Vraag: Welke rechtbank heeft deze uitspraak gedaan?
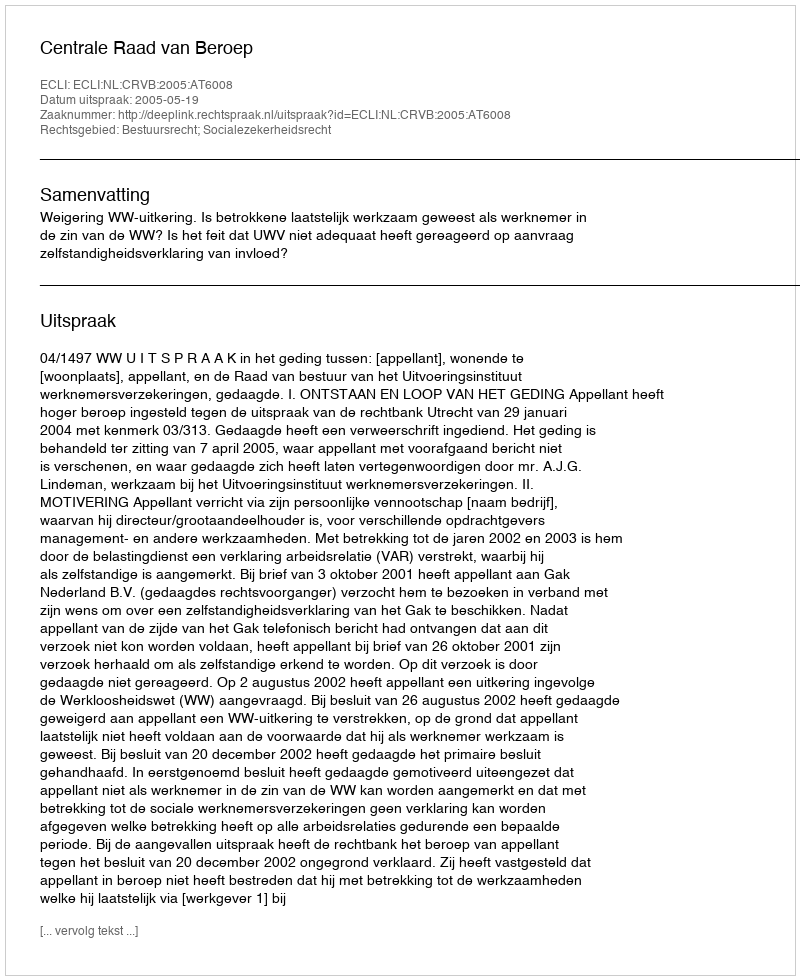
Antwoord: Centrale Raad van Beroep